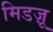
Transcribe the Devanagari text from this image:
मिडज़ू